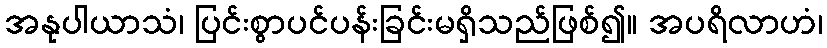
အနုပါယာသံ၊ ပြင်းစွာပင်ပန်းခြင်းမရှိသည်ဖြစ်၍။ အပရိလာဟံ၊